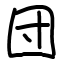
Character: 団